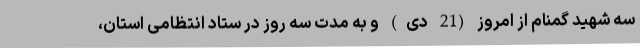
سه شهید گمنام از امروز (21 دی) و به مدت سه روز در ستاد انتظامی استان،